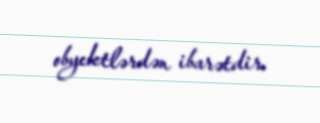
obyektlərdən ibarətdir.